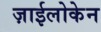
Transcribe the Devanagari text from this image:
ज़ाईलोकेन